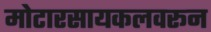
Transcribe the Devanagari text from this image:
मोटारसायकलवरून